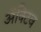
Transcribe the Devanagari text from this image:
ॲक्टिव